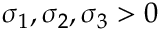
\sigma _ { 1 } , \sigma _ { 2 } , \sigma _ { 3 } > 0